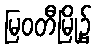
မြဝတီမြို့၌